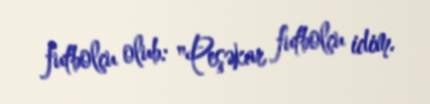
futbolçu olub: "Peşəkar futbolçu idim.